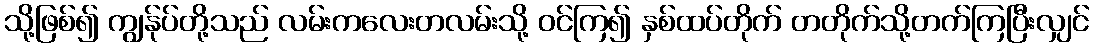
သို့ဖြစ်၍ ကျွန်ုပ်တို့သည် လမ်းကလေးတလမ်းသို့ ဝင်ကြ၍ နှစ်ထပ်တိုက် တတိုက်သို့တက်ကြပြီးလျှင်